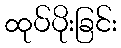
ထုပ်ပိုးခြင်း